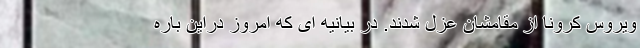
ویروس کرونا از مقامشان عزل شدند. در بیانیه ای که امروز دراین باره